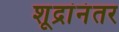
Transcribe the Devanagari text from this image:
शूद्रांनंतर